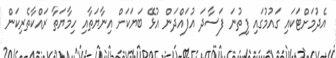
އެދުމަށްޓަކައި ގައުމުގައި ފިތުނަ ފަސާދަ އުފައްދަން އުޅޭ ބަޔަކަށް އިނާޔަތާއި ހިމާޔަތާ ރައްކާތެރިކަން